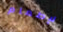
لإطعام